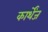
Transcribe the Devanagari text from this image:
कार्थेंज